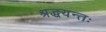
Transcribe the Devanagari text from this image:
श्रद्धयन्तः